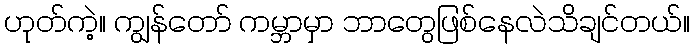
ဟုတ်ကဲ့။ ကျွန်တော် ကမ္ဘာမှာ ဘာတွေဖြစ်နေလဲသိချင်တယ်။